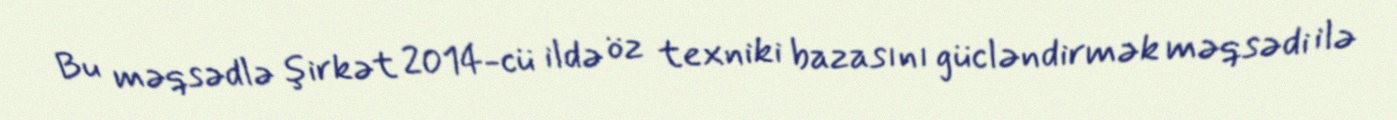
Bu məqsədlə şirkət 2014-cü ildə öz texniki bazasını gücləndirmək məqsədi ilə